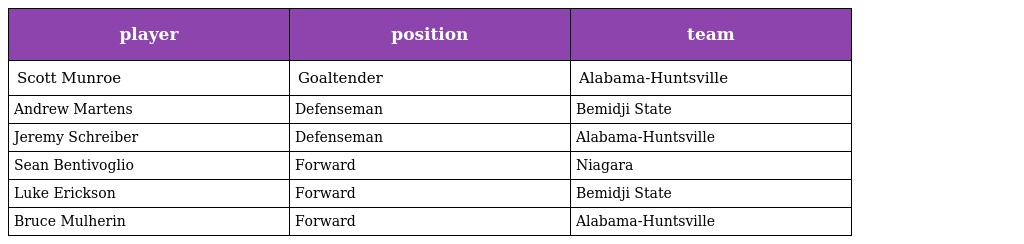
| player | position | team |
 | --- | --- | --- |
 | Scott Munroe | Goaltender | Alabama-Huntsville |
 | Andrew Martens | Defenseman | Bemidji State |
 | Jeremy Schreiber | Defenseman | Alabama-Huntsville |
 | Sean Bentivoglio | Forward | Niagara |
 | Luke Erickson | Forward | Bemidji State |
 | Bruce Mulherin | Forward | Alabama-Huntsville |